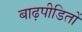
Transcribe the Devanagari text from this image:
बाढ़पीडितों